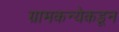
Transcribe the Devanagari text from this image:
ग्रामकन्येकडून